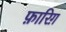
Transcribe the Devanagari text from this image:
फ़ारिग़